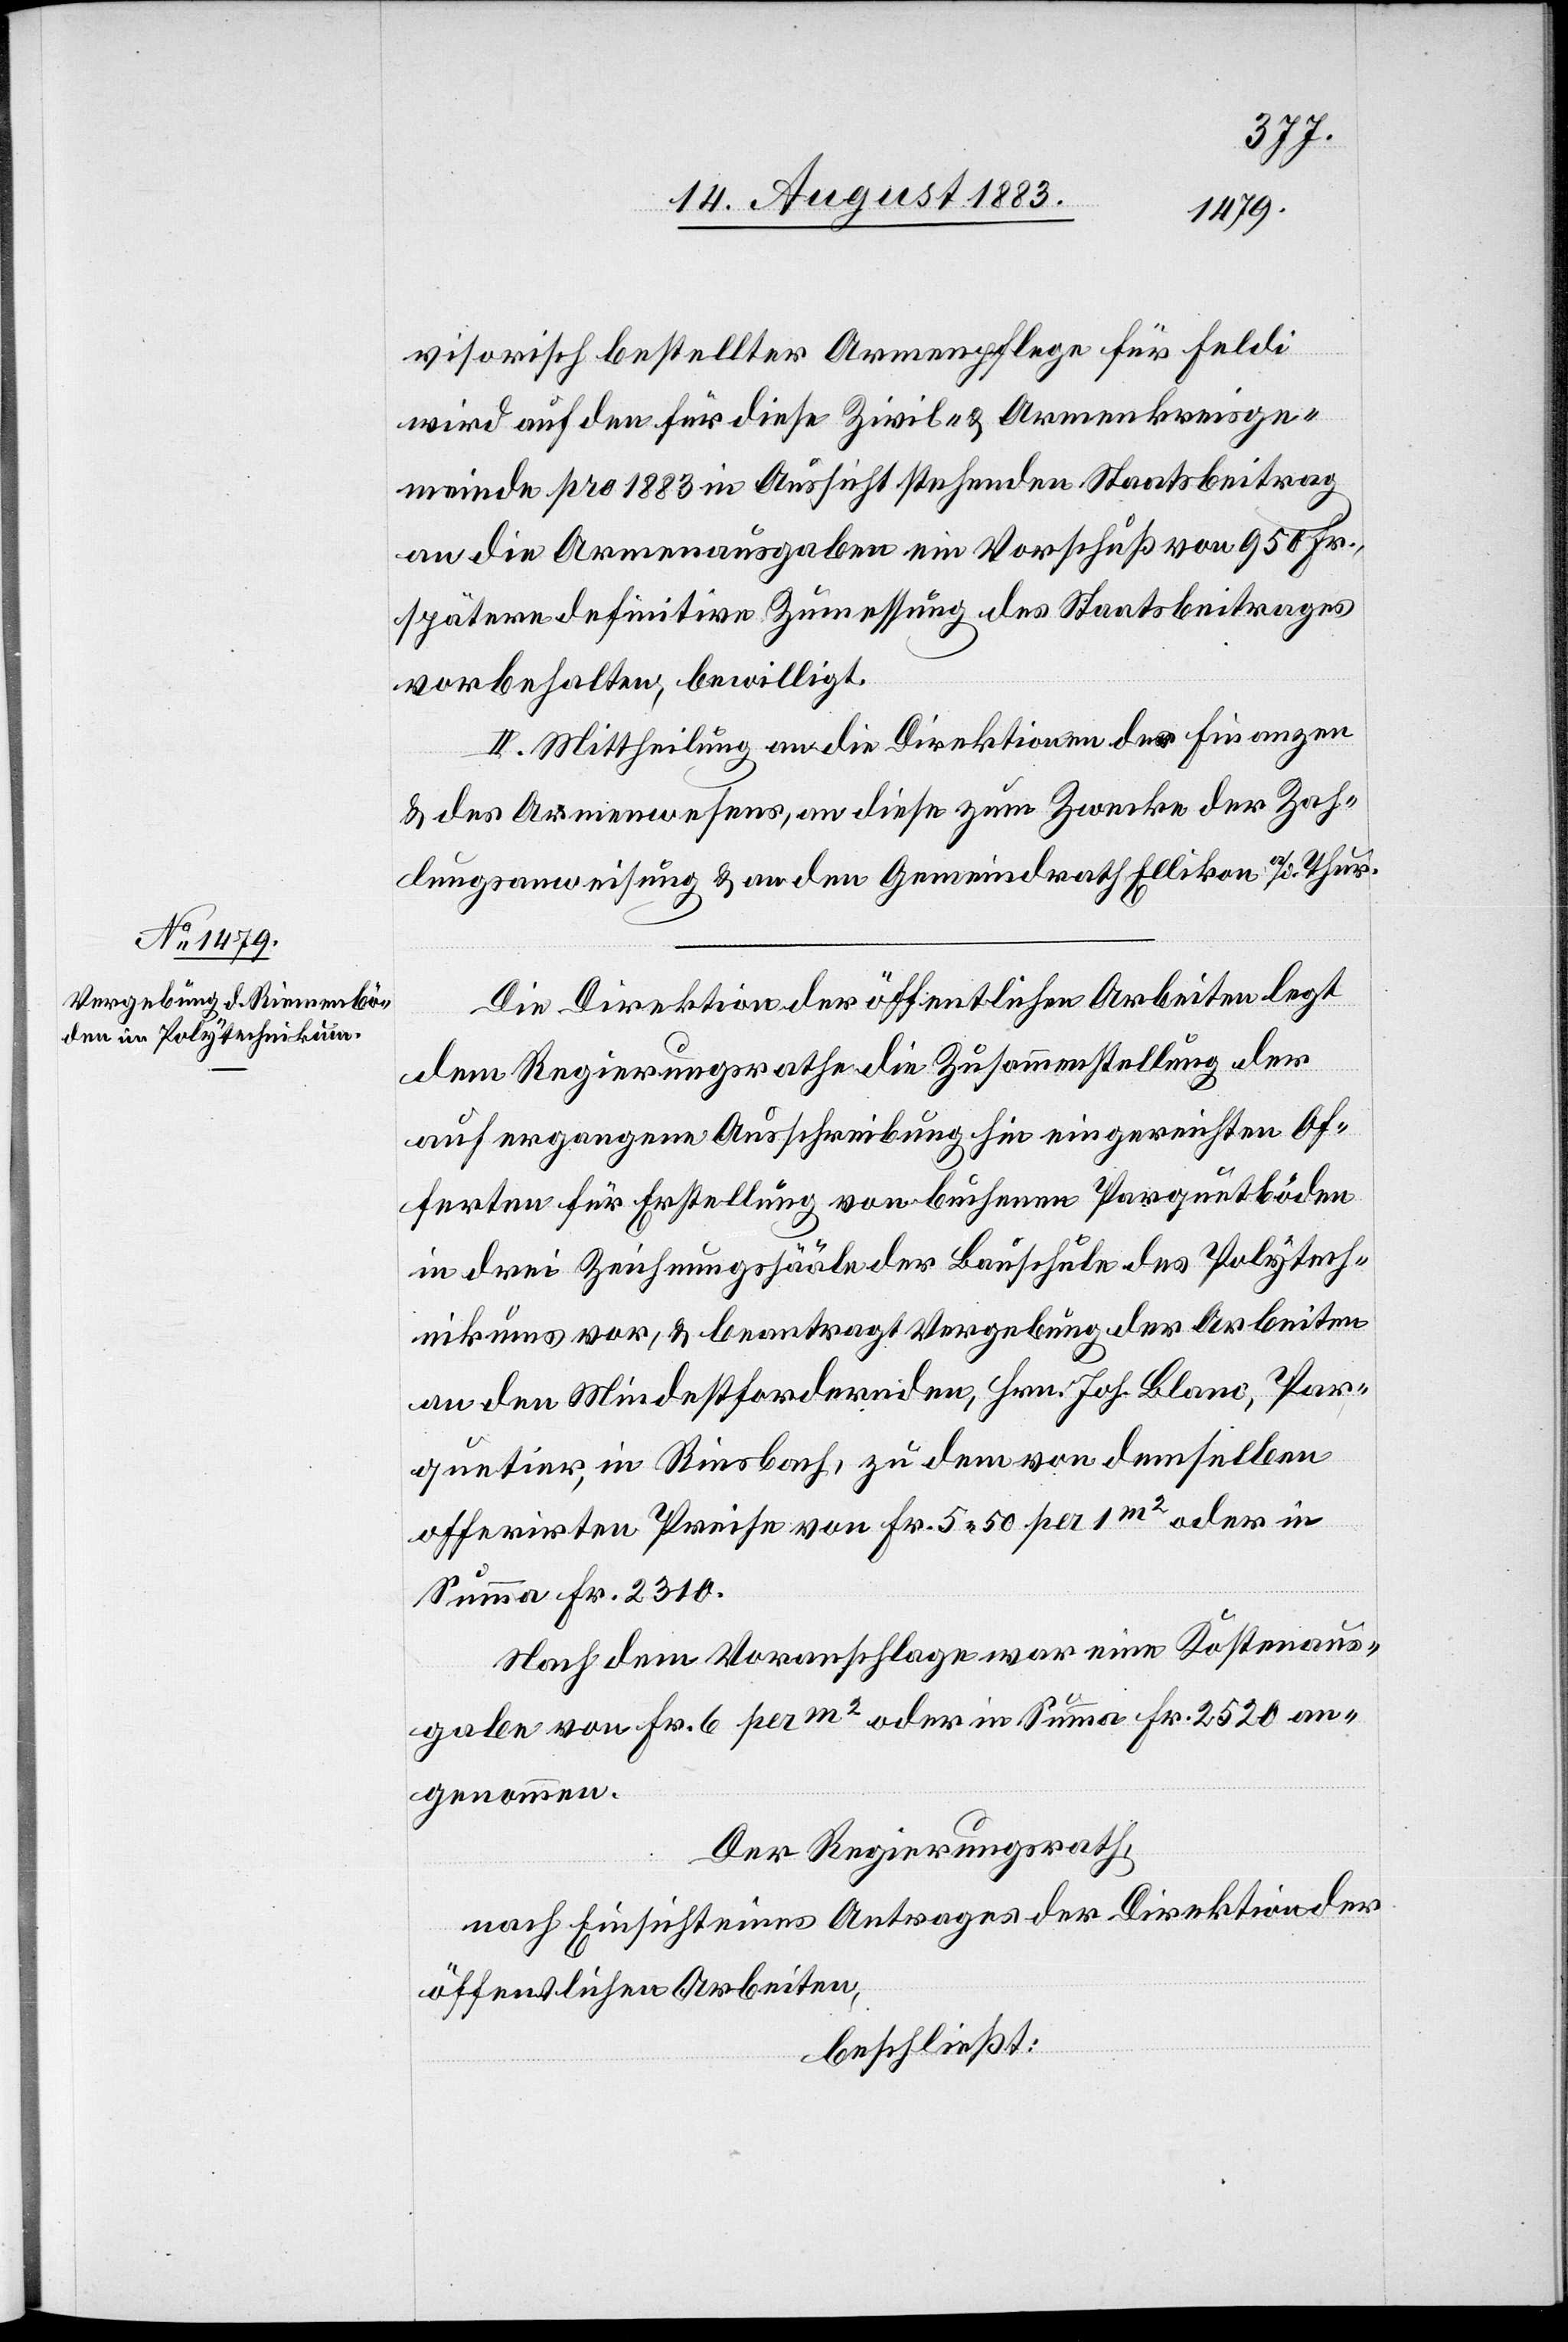
visorisch bestellter Armenpflege für Feldi
wird auf den für diese Zivil- & Armenkreisge¬
meinde pro 1883 in Aussicht stehenden Staatsbeitrag
an die Armenausgaben ein Vorschuß von 950 Fr.,
spätere definitive Zumessung des Staatsbeitrages
vorbehalten, bewilligt.
II. Mittheilung an die Direktionen der Finanzen
& des Armenwesens, an diese zum Zwecke der Zah¬
lungsanweisung & an den Gemeindrath Ellikon a/d. Thur.
Die Direktion der öffentlichen Arbeiten legt
dem Regierungsrathe die Zusammenstellung der
auf ergangene Ausschreibung hin eingereichten Of¬
ferten für Erstellung von buchenen Parquetböden
in drei Zeichnungssääle[n] der Bauschule des Polytech¬
nikums vor, & beantragt Vergebung der Arbeiten
an den Mindestfordernden, Hrn. Joh. Blanc, Par¬
quetier, in Riesbach, zu dem von demselben
offerirten Preise von Fr. 5 50 per 1m2 oder in
Summa Fr. 2310.
Nach dem Voranschlage was eine Kostenaus¬
gabe von Fr. 6 per m2 oder in Summa Fr. 2520 an¬
genommen.
Der Regierungsrath,
nach Einsicht eines Antrages der Direktion der
öffentlichen Arbeiten,
beschließt: